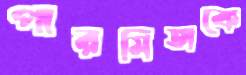
পারমিতাকে